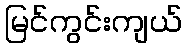
မြင်ကွင်းကျယ်